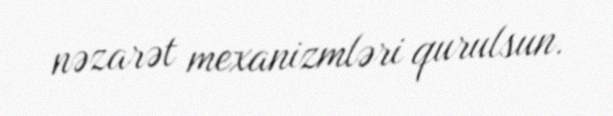
nəzarət mexanizmləri qurulsun.